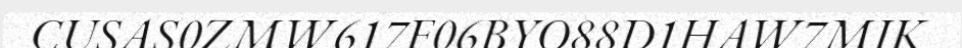
CUSAS0ZMW617F06BYO88D1HAW7MIK